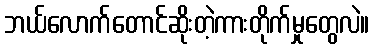
ဘယ်လောက်တောင်ဆိုးတဲ့ကားတိုက်မှုတွေလဲ။